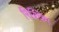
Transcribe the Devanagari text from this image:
रिक्विम